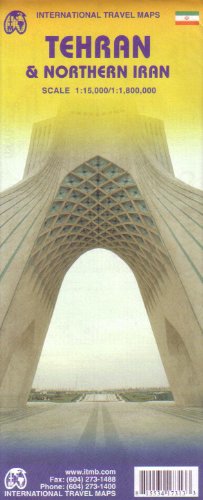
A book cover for Tehran and Northern Iran map; ITMB Publishing; Travel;